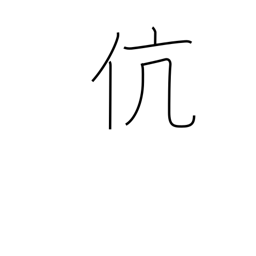
Meaning: same kind